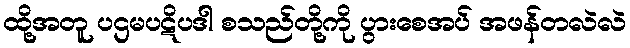
ထို့အတူ ပဌမပဋိပဒါ စသည်တို့ကို ပွားစေအပ် အဖန်တလဲလဲ